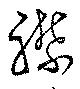
襟